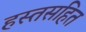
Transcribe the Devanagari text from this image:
हस्तसहित